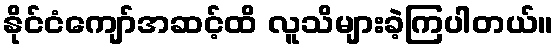
နိုင်ငံကျော်အဆင့်ထိ လူသိများခဲ့ကြပါတယ်။